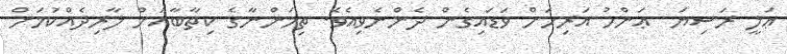
ޢަލީ ރަޟިޔަ  ޢަންހު އަރިހަށް ވަޑައިގެން ދެންނެވިއެވެ. ތިމަންނާގެ ކިތާބާއަށް ލާރިދެއްކުމަށް